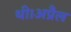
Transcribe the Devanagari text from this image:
थी।अप्रैल